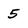
Character: 5